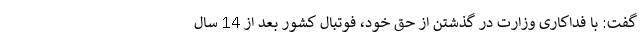
گفت: با فداکاری وزارت در گذشتن از حق خود، فوتبال کشور بعد از 14 سال